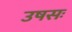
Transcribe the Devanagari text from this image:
उषसः